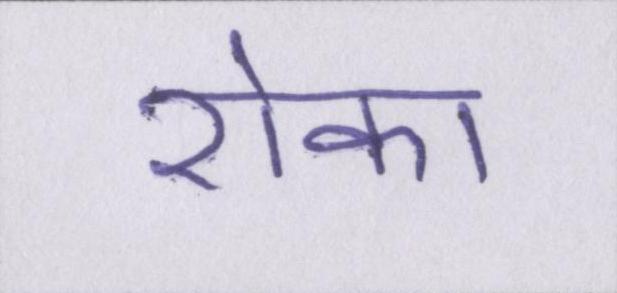
रोका